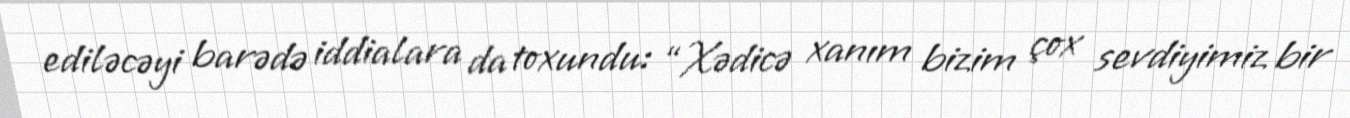
ediləcəyi barədə iddialara da toxundu: “Xədicə xanım bizim çox sevdiyimiz bir